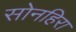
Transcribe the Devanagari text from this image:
सोनहिरा